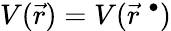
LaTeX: V(\vec{r})=V(\vec{r}^{\; \bullet})